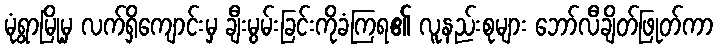
မုံရွာမြို့မှ လက်ရှိကျောင်းမှ ချီးမွမ်းခြင်းကိုခံကြရ၏ လူနည်းစုများ ဘော်လီချိတ်ဖြုတ်ကာ